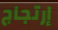
إرتجاج